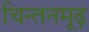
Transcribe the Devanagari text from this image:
चिन्तनमूढ़